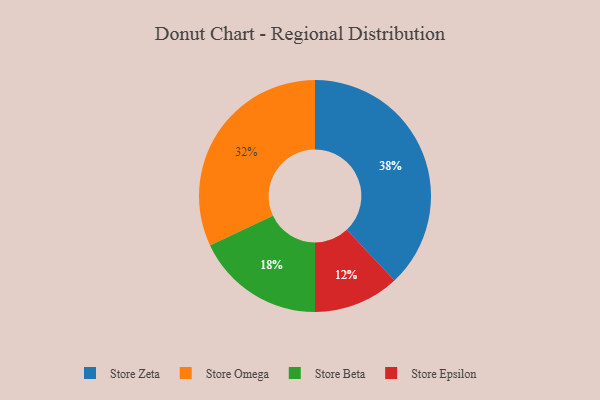
{"axis": {"x": "Category", "y": "Percentage"}, "legend": ["Store Beta", "Store Epsilon", "Store Omega", "Store Zeta"], "data": [{"x": "Store Omega", "y": 32, "type": "Store Omega"}, {"x": "Store Zeta", "y": 38, "type": "Store Zeta"}, {"x": "Store Beta", "y": 18, "type": "Store Beta"}, {"x": "Store Epsilon", "y": 12, "type": "Store Epsilon"}]}